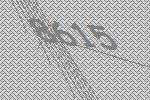
8615